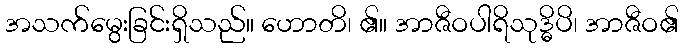
အသက်မွေးခြင်းရှိသည်။ ဟောတိ၊ ၏။ အာဇီဝပါရိသုဒ္ဓိပိ၊ အာဇီဝ၏